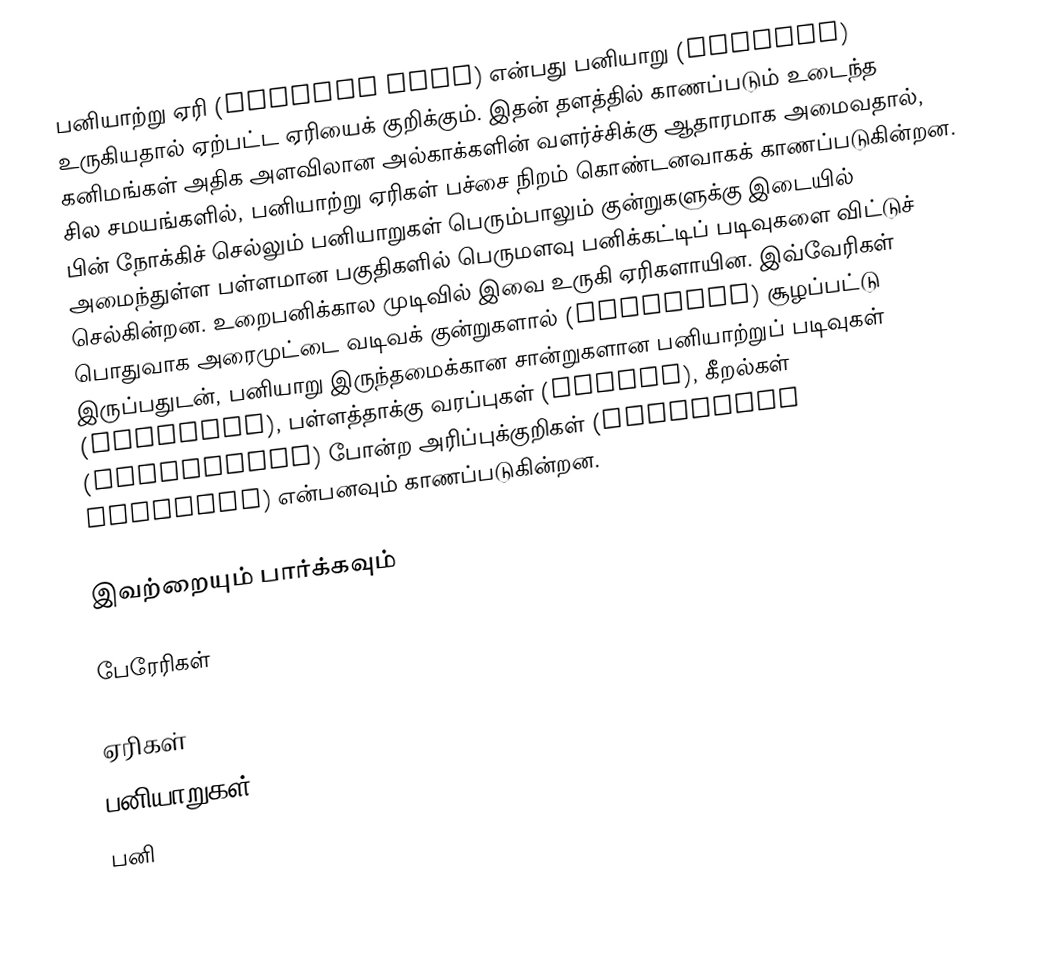
பனியாற்று ஏரி (glacial lake) என்பது பனியாறு (glacier) உருகியதால் ஏற்பட்ட ஏரியைக் குறிக்கும். இதன் தளத்தில் காணப்படும் உடைந்த கனிமங்கள் அதிக அளவிலான அல்காக்களின் வளர்ச்சிக்கு ஆதாரமாக அமைவதால், சில சமயங்களில், பனியாற்று ஏரிகள் பச்சை நிறம் கொண்டனவாகக் காணப்படுகின்றன. பின் நோக்கிச் செல்லும் பனியாறுகள் பெரும்பாலும் குன்றுகளுக்கு இடையில் அமைந்துள்ள பள்ளமான பகுதிகளில் பெருமளவு பனிக்கட்டிப் படிவுகளை விட்டுச் செல்கின்றன. உறைபனிக்கால முடிவில் இவை உருகி ஏரிகளாயின. இவ்வேரிகள் பொதுவாக அரைமுட்டை வடிவக் குன்றுகளால் (drumlins) சூழப்பட்டு இருப்பதுடன், பனியாறு இருந்தமைக்கான சான்றுகளான பனியாற்றுப் படிவுகள் (moraines), பள்ளத்தாக்கு வரப்புகள் (eskers), கீறல்கள் (striations) போன்ற அரிப்புக்குறிகள் (erosional features) என்பனவும் காணப்படுகின்றன.

இவற்றையும் பார்க்கவும்

 பேரேரிகள்

ஏரிகள்
பனியாறுகள்
பனி